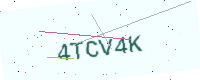
Text: 4TCV4K